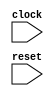
module IntervalAddTester(
  input   clock,
  input   reset
);
  always @(posedge clock) begin
    `ifndef SYNTHESIS
    `ifdef STOP_COND
      if (`STOP_COND) begin
    `endif
        if (~reset) begin
          $finish; // @[IntervalSpec.scala 111:7]
        end
    `ifdef STOP_COND
      end
    `endif
    `endif // SYNTHESIS
  end
endmodule